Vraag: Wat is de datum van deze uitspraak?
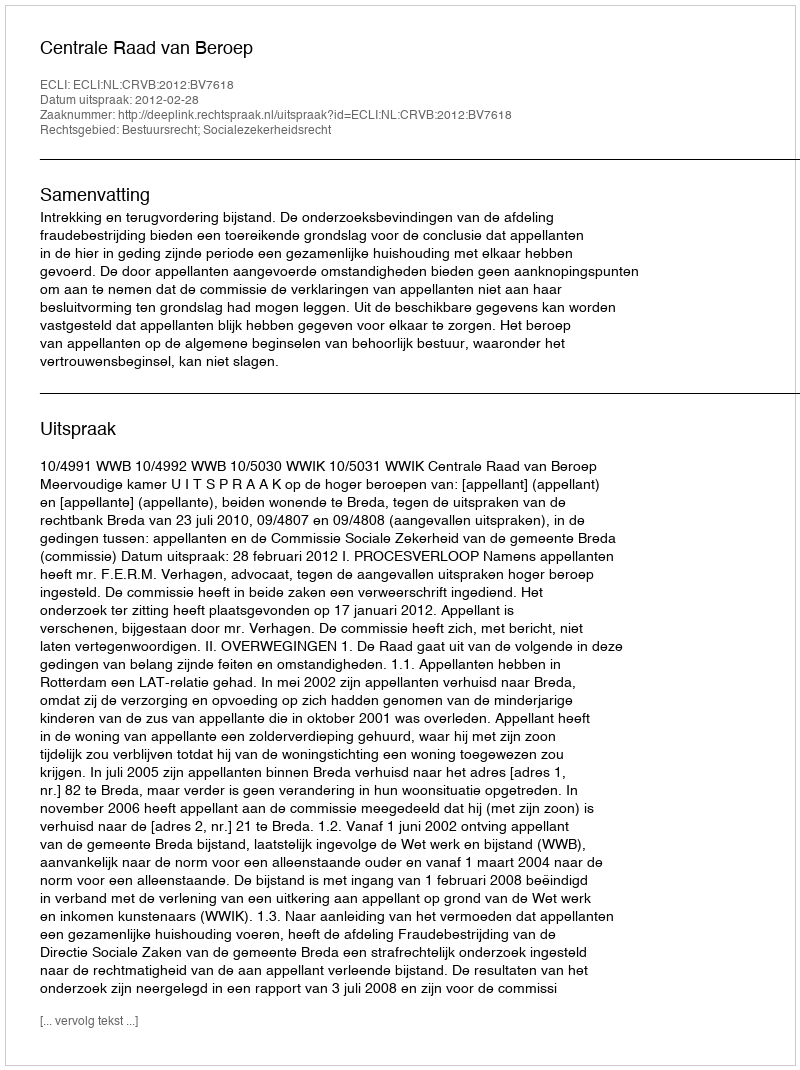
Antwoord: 2012-02-28